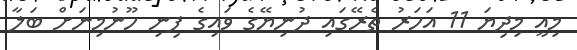
މިއީ މިދިޔަ 11 އަހަރު ތެރޭގައި ދުނިޔޭގެ ވައިގެ ފިނި ހޫނުމިނަށް ބަލާ